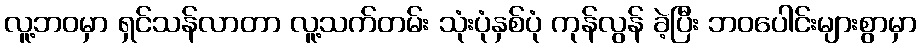
လူ့ဘဝမှာ ရှင်သန်လာတာ လူ့သက်တမ်း သုံးပုံနှစ်ပုံ ကုန်လွန် ခဲ့ပြီး ဘဝပေါင်းများစွာမှာ